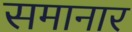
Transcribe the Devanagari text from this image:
समानार